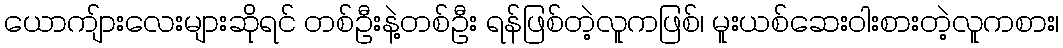
ယောကျ်ားလေးများဆိုရင် တစ်ဦးနဲ့တစ်ဦး ရန်ဖြစ်တဲ့လူကဖြစ်၊ မူးယစ်ဆေးဝါးစားတဲ့လူကစား၊